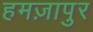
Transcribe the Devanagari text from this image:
हमज़ापुर